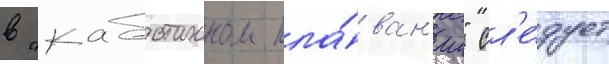
в "каботажном пла́ван'ии" сл'е́дует